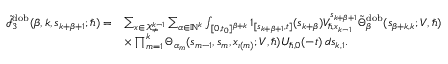
\begin{array} { r l } { \tilde { \mathcal { I } } _ { 3 } ^ { \mathrm { d o b } } ( \beta , k , s _ { k + \beta + 1 } ; \hbar ) = } & { \sum _ { \boldsymbol { x } \in \mathcal { X } _ { \neq } ^ { k - 1 } } \sum _ { \alpha \in \mathbb { N } ^ { k } } \int _ { [ 0 , t _ { 0 } ] ^ { \beta + k } } \boldsymbol { 1 } _ { [ s _ { k + \beta + 1 } , t ] } ( s _ { k + \beta } ) V _ { \hbar , x _ { k - 1 } } ^ { s _ { k + \beta + 1 } } \tilde { \Theta } _ { \beta } ^ { \mathrm { d o b } } ( \boldsymbol { s } _ { \beta + k , k } ; V , \hbar ) } \\ & { \times \prod _ { m = 1 } ^ { k } \Theta _ { \alpha _ { m } } ( s _ { m - 1 } , { s } _ { m } , x _ { \iota ( m ) } ; V , \hbar ) U _ { \hbar , 0 } ( - t ) \, d \boldsymbol { s } _ { k , 1 } . } \end{array}